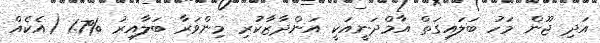
އަދި ޖޫން މަހު ބަލައިގަތް އާމްދަނީއަކީ އަންދާޒާކުރި މިންވަރާ ބަލާއިރު %1.7 (އެކެއް